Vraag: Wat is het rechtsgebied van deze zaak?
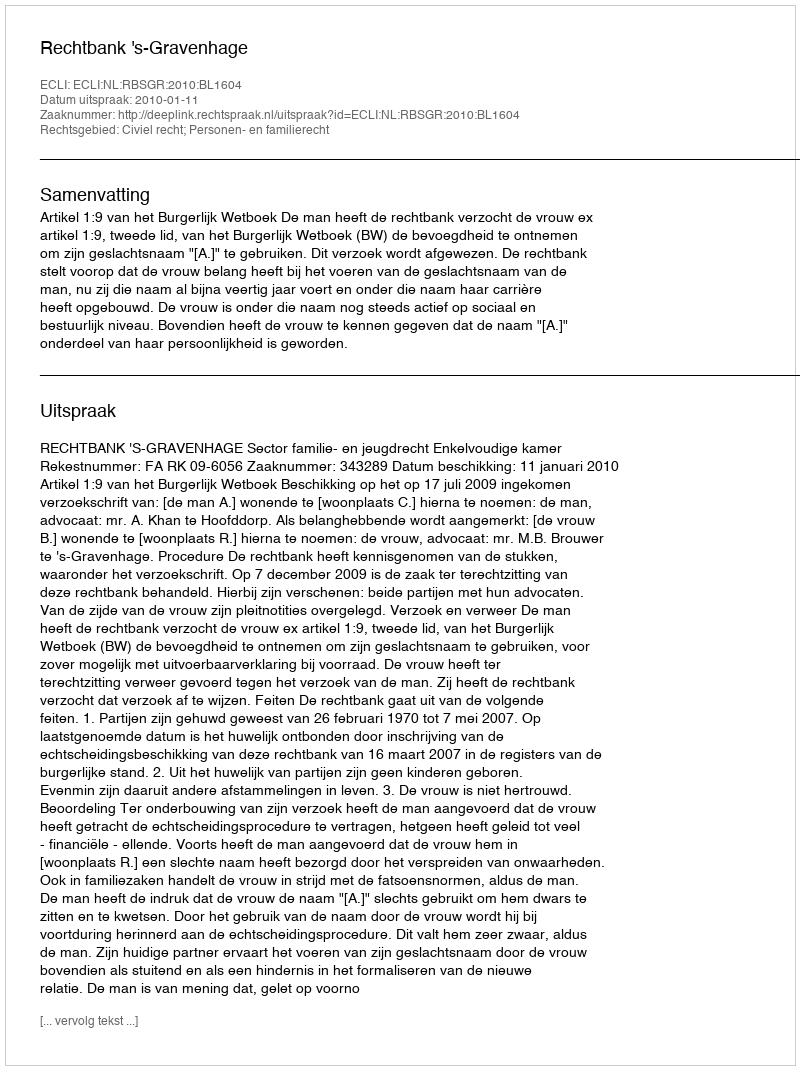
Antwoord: Civiel recht; Personen- en familierecht